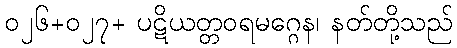
၀၂၆+၀၂၇+ ပဋိယတ္တဝရမဂ္ဂေန၊ နတ်တို့သည်